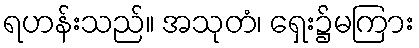
ရဟန်းသည်။ အသုတံ၊ ရှေး၌မကြား